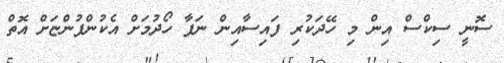
ސޮނީ ސިކްސް އިން މި ހޭދަކުރި ފައިސާއިން ނަފާ ހޯދުމަށް އެކުންފުންޏަށް އޮތް